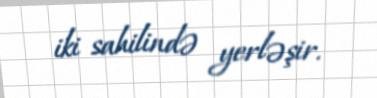
iki sahilində yerləşir.